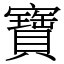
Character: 寶